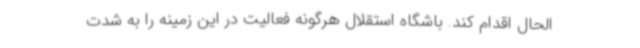
الحال اقدام کند. باشگاه استقلال هرگونه فعالیت در این زمینه را به شدت